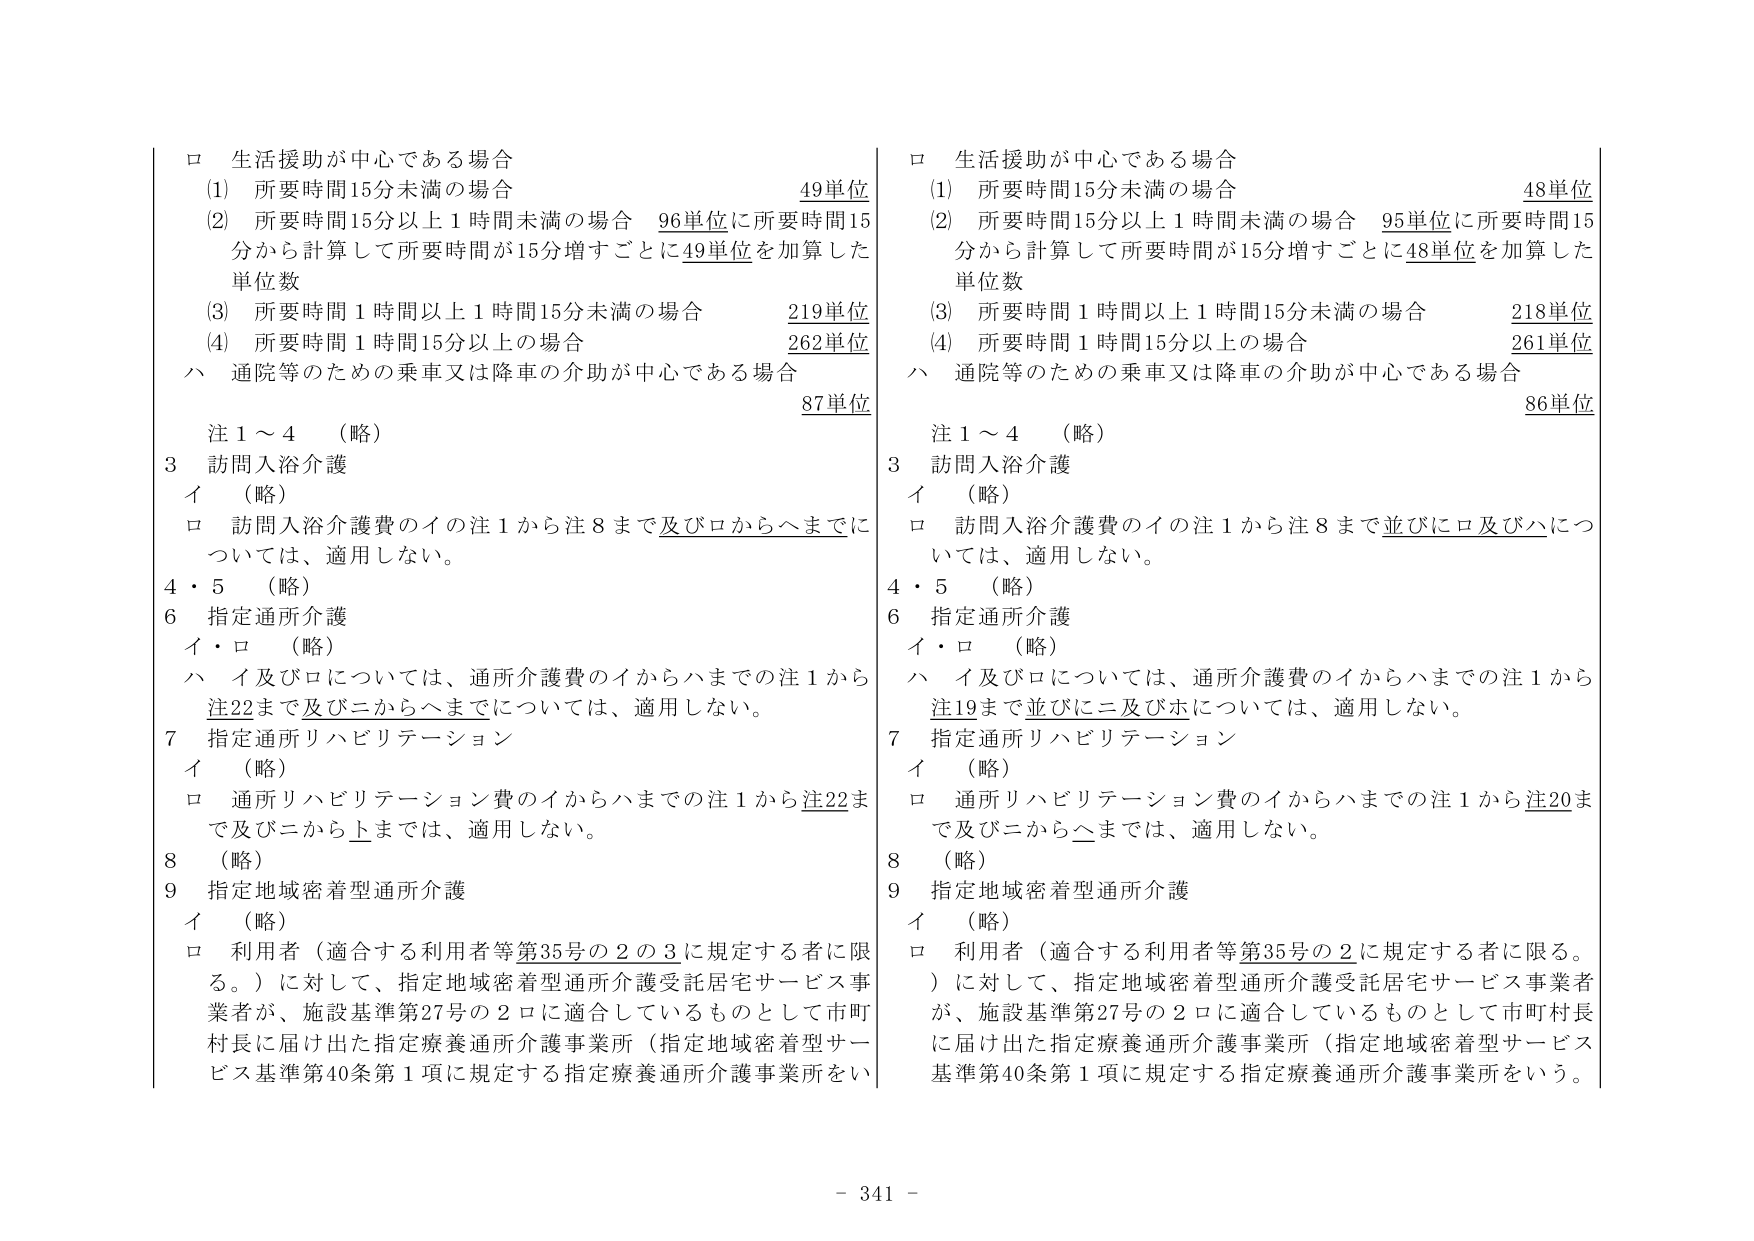
ロ 生活援助が中心である場合
(1) 所要時間15分未満の場合 49単位
(2) 所要時間15分以上1時間未満の場合 96単位に所要時間15分から計算して所要時間が15分増すごとに49単位を加算した単位数
(3) 所要時間1時間以上1時間15分未満の場合 219単位
(4) 所要時間1時間15分以上の場合 262単位
ハ 通院等のための乗車又は降車の介助が中心である場合 87単位

注1～4 （略）
3 訪問入浴介護
イ （略）
ロ 訪問入浴介護費のイの注1から注8まで及びロからハまでについては、適用しない。
4・5 （略）
6 指定通所介護
イ・ロ （略）
ハ イ及びロについては、通所介護費のイからハまでの注1から注22まで及びニからヘまでについては、適用しない。
7 指定通所リハビリテーション
イ （略）
ロ 通所リハビリテーション費のイからハまでの注1から注22まで及びニからヘまでについては、適用しない。
8 （略）
9 指定地域密着型通所介護
イ （略）
ロ 利用者（適合する利用者等第35号の2の3に規定する者に限る。）に対して、指定地域密着型通所介護受託居宅サービス事業者が、施設基準第27号の2ロに適合しているものとして市町村長に届け出た指定療養通所介護事業所（指定地域密着型サービス基準第40条第1項に規定する指定療養通所介護事業所をいう。

ロ 生活援助が中心である場合
(1) 所要時間15分未満の場合 48単位
(2) 所要時間15分以上1時間未満の場合 95単位に所要時間15分から計算して所要時間が15分増すごとに48単位を加算した単位数
(3) 所要時間1時間以上1時間15分未満の場合 218単位
(4) 所要時間1時間15分以上の場合 261単位
ハ 通院等のための乗車又は降車の介助が中心である場合 86単位

注1～4 （略）
3 訪問入浴介護
イ （略）
ロ 訪問入浴介護費のイの注1から注8まで並びにロ及びハについては、適用しない。
4・5 （略）
6 指定通所介護
イ・ロ （略）
ハ イ及びロについては、通所介護費のイからハまでの注1から注19まで並びにニ及びホについては、適用しない。
7 指定通所リハビリテーション
イ （略）
ロ 通所リハビリテーション費のイからハまでの注1から注20まで及びニからヘまでについては、適用しない。
8 （略）
9 指定地域密着型通所介護
イ （略）
ロ 利用者（適合する利用者等第35号の2に規定する者に限る。）に対して、指定地域密着型通所介護受託居宅サービス事業者が、施設基準第27号の2ロに適合しているものとして市町村長に届け出た指定療養通所介護事業所（指定地域密着型サービス基準第40条第1項に規定する指定療養通所介護事業所をいう。

- 341 -